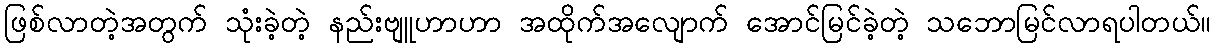
ဖြစ်လာတဲ့အတွက် သုံးခဲ့တဲ့ နည်းဗျူဟာဟာ အထိုက်အလျောက် အောင်မြင်ခဲ့တဲ့ သဘောမြင်လာရပါတယ်။